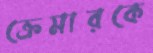
ক্রেমারকে